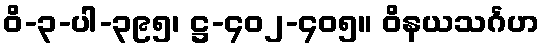
ဝိ-၃-ပါ-၃၉၅၊ ဋ္ဌ-၄၀၂-၄၀၅။ ဝိနယသင်္ဂဟ